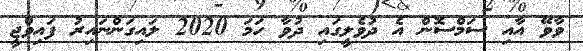
ވާވޭ އާއި ސަމްސޮން އެ ދުވެލީގައި ދުވާ ހަމަ 2020 ލައިގަންނައިރު ފައިވްޖީ